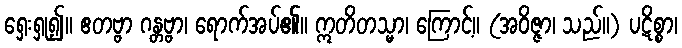
ရှေးရှု၍။ ဧတဗ္ဗာ ဂန္တဗ္ဗာ၊ ရောက်အပ်၏။ ဣတိတသ္မာ၊ ကြောင့်။ (အဝိဇ္ဇာ၊ သည်။) ပဋိစ္စာ၊